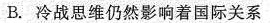
B.冷战思维仍然影响着国际关系